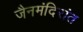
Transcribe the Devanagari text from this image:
जैनमंदिरांत